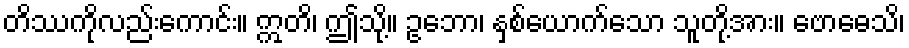
တိဿကိုလည်းကောင်း။ ဣတိ၊ ဤသို့။ ဥဘော၊ နှစ်ယောက်သော သူတို့အား။ ဗောဓေသိ၊